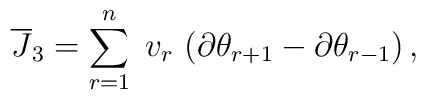
{\overline J}_3 = \sum_{r=1}^n\; v_r\,\left( \partial\theta_{r+1} -\partial\theta_{r-1} \right),